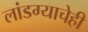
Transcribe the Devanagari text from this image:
लांडग्याचेही